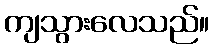
ကျသွားလေသည်။